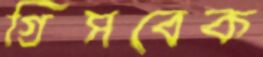
গ্রিসবেক